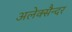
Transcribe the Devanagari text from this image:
अलेक्सैन्दर